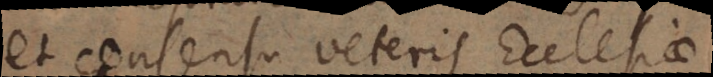
et consensu veteris Ecclesiae